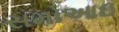
સમોઆઇ